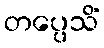
တပ္ပေသိံ